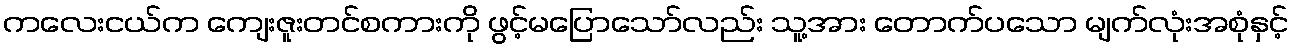
ကလေးငယ်က ကျေးဇူးတင်စကားကို ဖွင့်မပြောသော်လည်း သူ့အား တောက်ပသော မျက်လုံးအစုံနှင့်